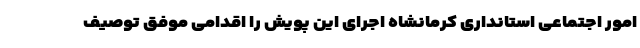
امور اجتماعی استانداری کرمانشاه اجرای این پویش را اقدامی موفق توصیف